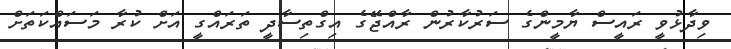
ވިދާޅުވީ ރައީސް ޔާމީންގެ ސަރުކާރުން ރާއްޖޭގެ އިގްތިސާދީ ތަރައްގީ އަށް ކުރާ މަސައްކަތަށް